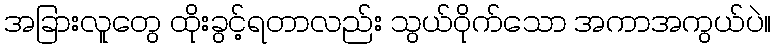
အခြားလူတွေ ထိုးခွင့်ရတာလည်း သွယ်ဝိုက်သော အကာအကွယ်ပဲ။